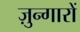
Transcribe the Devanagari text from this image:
ज़ुन्गारों